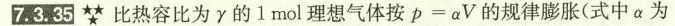
7.3.35★★★比热容比为γ的1mol理想气体按$$p = α V$$的规律膨胀(式中α为